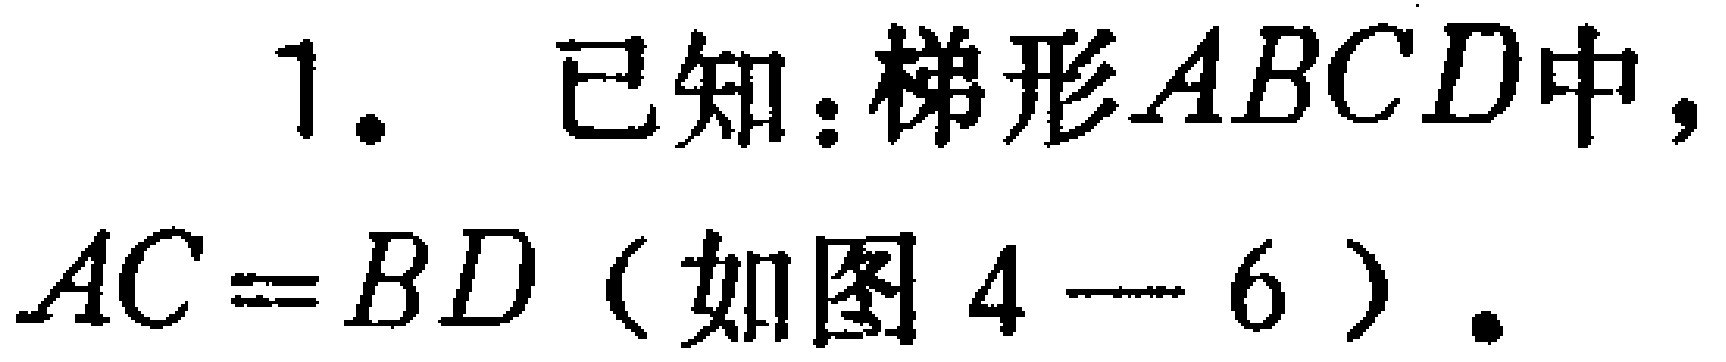
1. 已知：梯形\(ABCD\)中，\(AC = BD\)（如图 \(4 - 6\)）.